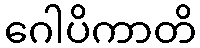
ဂေါပိကာတိ